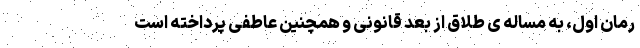
رمان اول، به مساله ی طلاق از بُعد قانونی و همچنین عاطفی پرداخته است